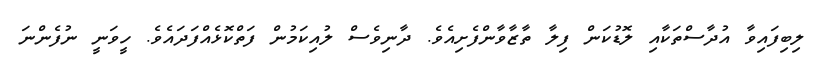
ލިބިފައިވާ އުދާސްތަކާއި ލޮޑުކަން ފިލާ ތާޒާވާންފެށިއެވެ. ދާނިވެސް ލުއިކަމުން ފަތްކޮޅެއްފަދައެވެ. ހީވަނީ ނުފެންނަ